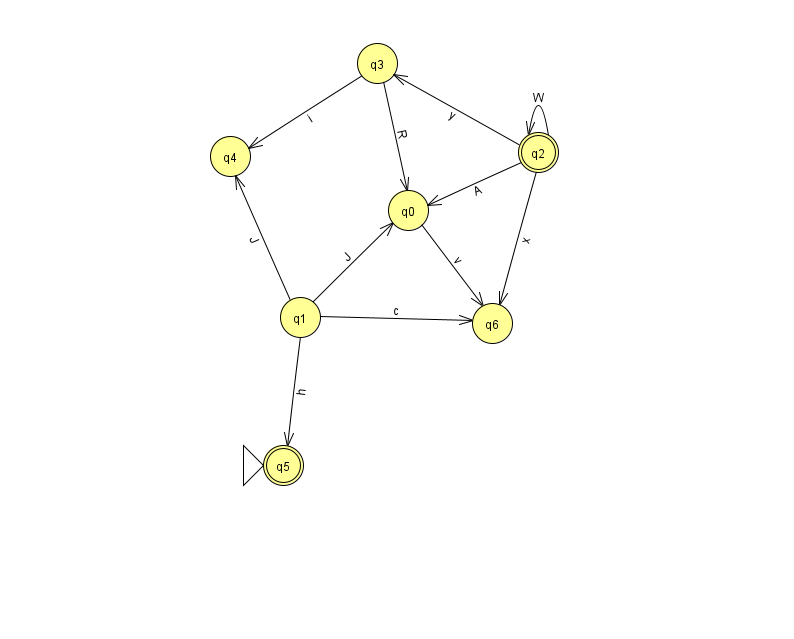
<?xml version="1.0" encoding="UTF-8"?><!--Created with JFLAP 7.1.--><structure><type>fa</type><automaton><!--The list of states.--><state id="0" name="q0"><x>408.0</x><y>197.0</y></state><state id="1" name="q1"><x>300.0</x><y>304.0</y></state><state id="2" name="q2"><x>538.0</x><y>139.0</y><final/></state><state id="3" name="q3"><x>377.0</x><y>50.0</y></state><state id="4" name="q4"><x>230.0</x><y>143.0</y></state><state id="5" name="q5"><x>283.0</x><y>452.0</y><initial/><final/></state><state id="6" name="q6"><x>492.0</x><y>310.0</y></state><!--The list of transitions.--><transition><from>1</from><to>0</to><read>J</read></transition><transition><from>1</from><to>6</to><read>c</read></transition><transition><from>2</from><to>2</to><read>W</read></transition><transition><from>0</from><to>6</to><read>v</read></transition><transition><from>1</from><to>4</to><read>J</read></transition><transition><from>2</from><to>0</to><read>A</read></transition><transition><from>3</from><to>4</to><read>i</read></transition><transition><from>2</from><to>3</to><read>y</read></transition><transition><from>1</from><to>5</to><read>h</read></transition><transition><from>2</from><to>6</to><read>x</read></transition><transition><from>3</from><to>0</to><read>R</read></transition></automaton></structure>